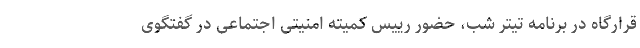
قرارگاه در برنامه تیتر شب، حضور رییس کمیته امنیتی اجتماعی در گفتگوی